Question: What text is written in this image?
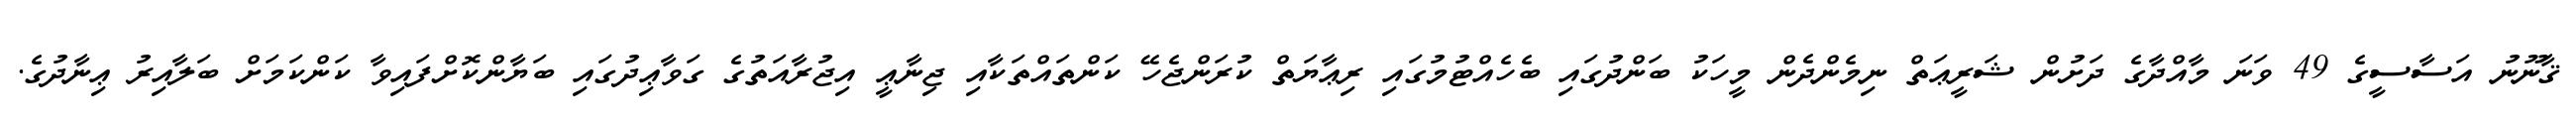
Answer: ޤާނޫނު އަސާސީގެ 49 ވަނަ މާއްދާގެ ދަށުން ޝަރީޢަތް ނިމެންދެން މީހަކު ބަންދުގައި ބެހެއްޓުމުގައި ރިޢާޔަތް ކުރަންޖެހޭ ކަންތައްތަކާއި ޖިނާޢީ އިޖުރާއަތުގެ ގަވާޢިދުގައި ބަޔާންކޮށްފައިވާ ކަންކަމަށް ބަލާއިރު ޢިނާދުގެ.